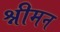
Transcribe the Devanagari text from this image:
श्नीमन